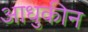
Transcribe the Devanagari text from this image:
आधुकीन